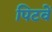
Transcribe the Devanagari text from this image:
पिटवें